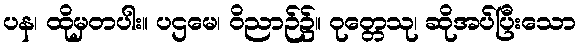
ပန၊ ထိုမှတပါး။ ပဌမေ၊ ဝိညာဉ်၌။ ဝုတ္တေသု၊ ဆိုအပ်ပြီးသော